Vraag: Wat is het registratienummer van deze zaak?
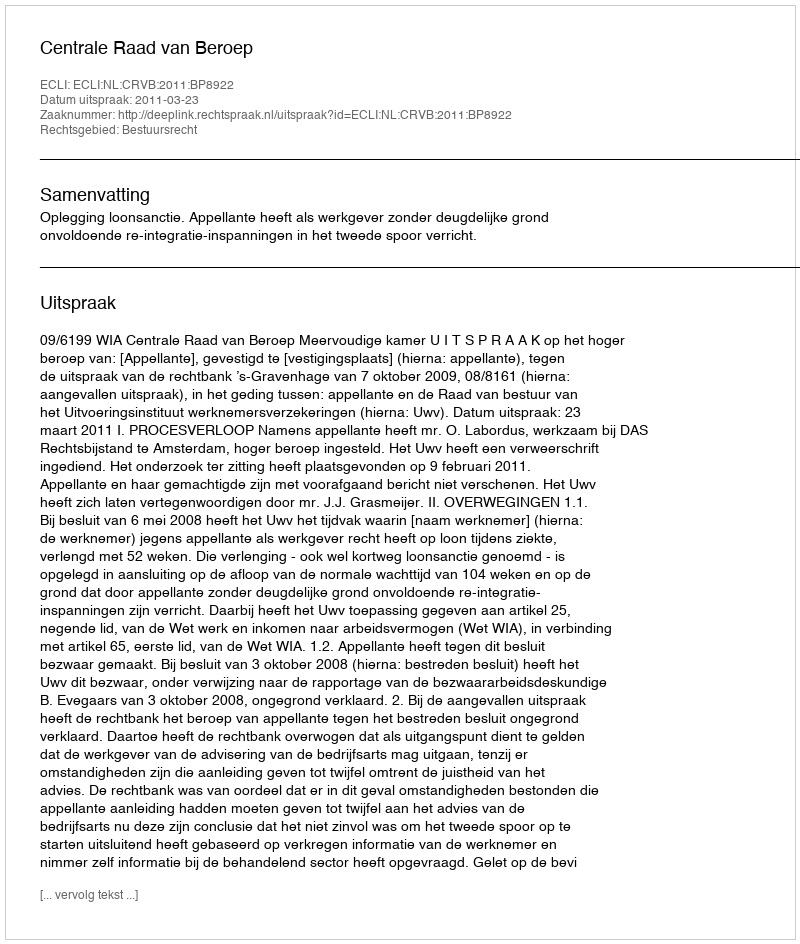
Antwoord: http://deeplink.rechtspraak.nl/uitspraak?id=ECLI:NL:CRVB:2011:BP8922